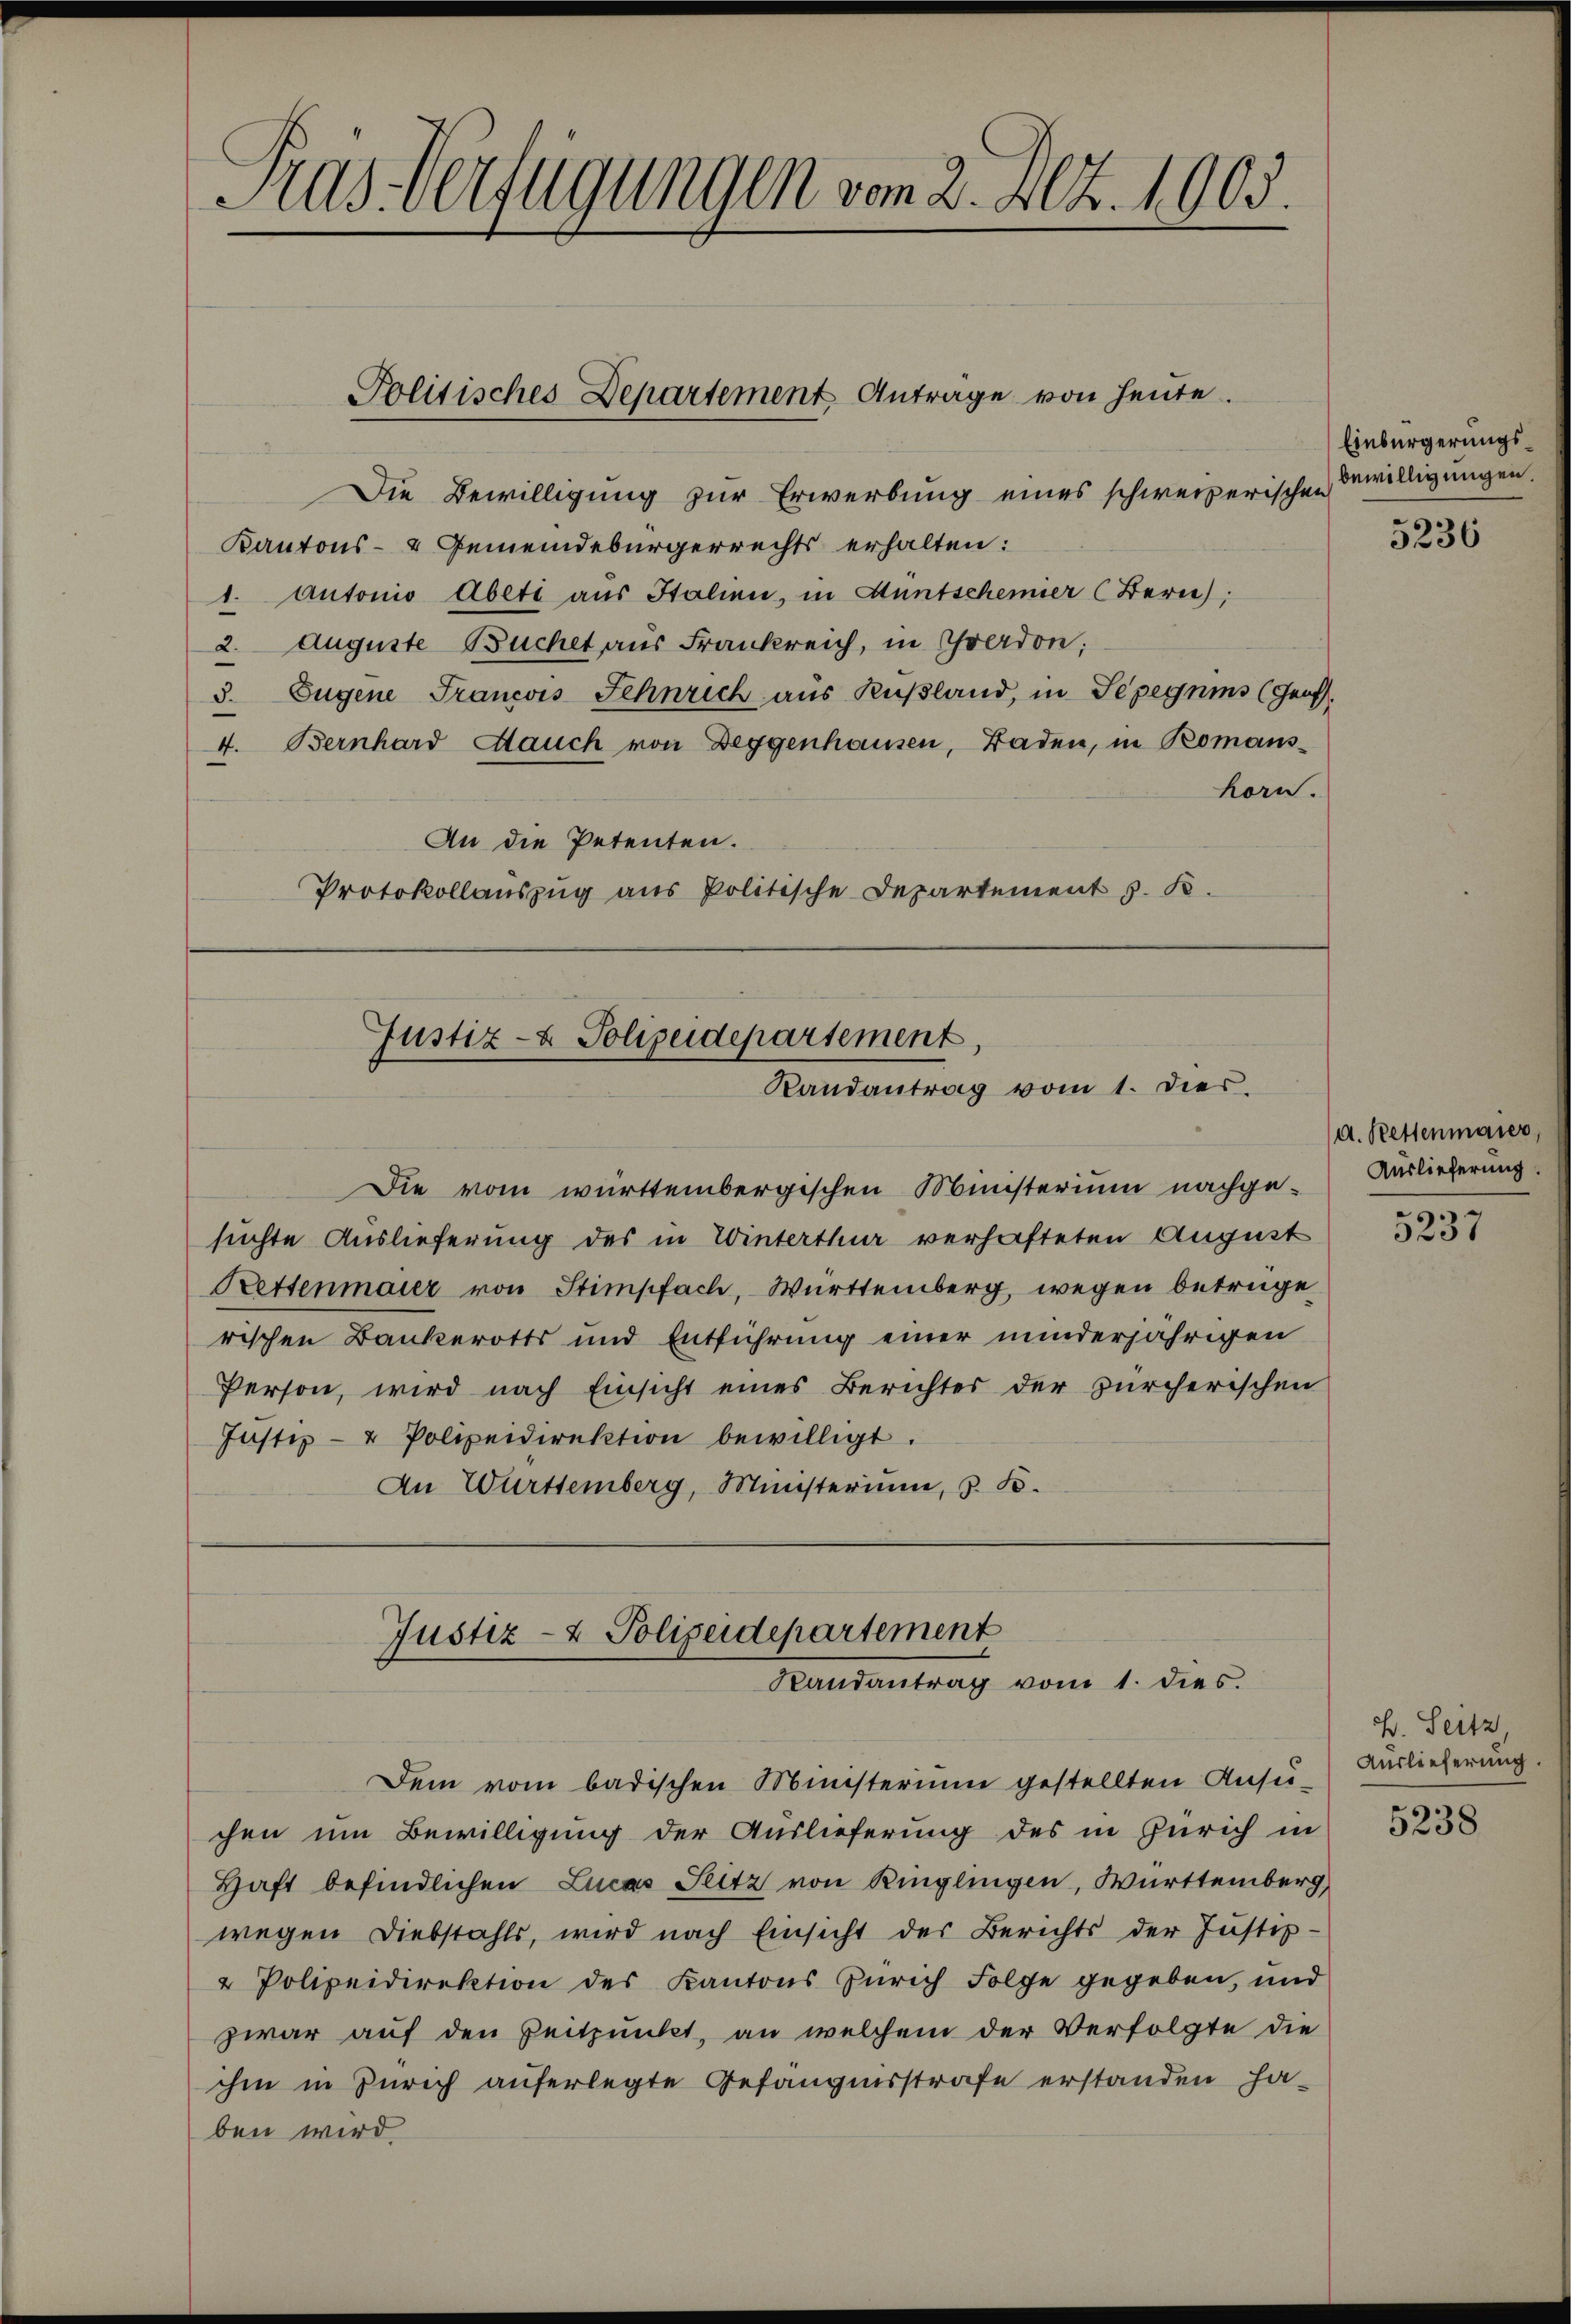
Pas-Verfügungen vom 2. Dez. 1903.

Die Bewilligung zur Erwerbung eines schweizerischen Bewilligungen.
Kantons- & Gemeindebürgerrechts erhalten:
1. Autonio Abeti aus Italien, in Hüntschemier (Bern),
2. Auguste Buchet aus Frankreich, in Gerdon;
3. Eugene Francois Sehnrich aus Rußland, in Sepegnis (Genf.
4. Bernhard auch von Deggenhausen, Baden, in Romanskorn.
An die Petenten.
Protokollauszug aus Politische Departement J. R.

Politisches Departement Anträge von heute.

Justiz- & Polizeidepartement,
Randantrag vom 1. dies.

Die vom württembergischen Ministerium nachge-
suchte Auslieferung des in Winterthur verhafteten August
Rettenmaier von Stimpfach, Württemberg, wegen betrüge
rischen Bankerotts und Entführung einer minderjährigen
Person, wird nach Einsicht eines Berichter der zürcherischen
Justiz- & Polizeidirektion bewilligt.
An Württemberg, Ministerium, z. B.

Justiz- & Polizeidepartement
Randantrag vom 1. dies.

Dem vom badischen Ministerium gestellten Ansu-
chen um Bewilligung der Auslieferung des in Zürich in
Haft befindlichen Lucas Sitz von Ringlingen, Württemberg,
wegen Diebstahls, wird nach Einsicht der Berichts der Justiz-
2 Polizeidirektion des Kantons Zürich Folge gegeben, und
zwar auf den Zeitpunkt, an welchem der Verfolgte die
ihm in Zürich auferlegte Gefängnisstrafe erstanden haben wird

Einbürgerungs¬

5236

a. Rettenmaier,
Auslieferung.

5237

h. Seitz,
Auslieferung.

5238